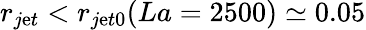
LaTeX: r_{j\mathrm{e}t}<r_{j\mathrm{e}t0}(La=2500)\simeq0.05